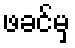
ဖခင်မှ